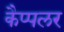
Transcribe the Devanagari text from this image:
कैप्पलर